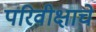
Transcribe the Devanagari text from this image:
परिवीक्षाचे